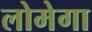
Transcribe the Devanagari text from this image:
लोमेगा